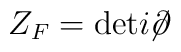
Z_F = {\rm det} i\!\!\not\!\partial